Scientific memoirs by medical officers of the Army of India - Part III,
Year: 1887
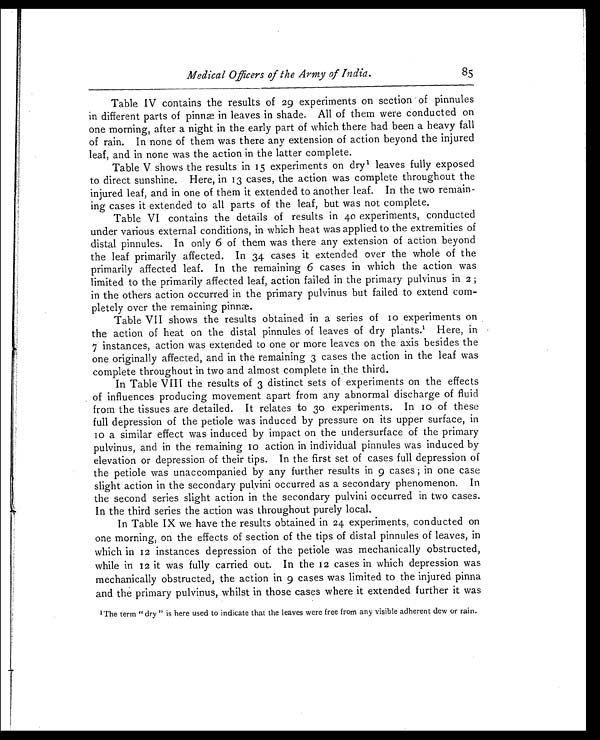
85
Medical Officers of the Army of India.
Table IV contains the results of 29 experiments on section of pinnules
in different parts of pinnæ in leaves in shade. All of them were conducted on
one morning, after a night in the early part of which there had been a heavy fall
of rain. In none of them was there any extension of action beyond the injured
leaf, and in none was the action in the latter complete.
Table V shows the results in 15 experiments on dry 1 leaves fully exposed
to direct sunshine. Here, in 13 cases, the action was complete throughout the
injured leaf, and in one of them it extended to another leaf. In the two remain-
ing cases it extended to all parts of the leaf, but was not complete.
Table VI contains the details of results in 40 experiments, conducted
under various external conditions, in which heat was applied to the extremities of
distal pinnules. In only 6 of them was there any extension of action beyond
the leaf primarily affected. In 34 cases it extended over the whole of the
primarily affected leaf. In the remaining 6 cases in which the action was
limited to the primarily affected leaf, action failed in the primary pulvinus in 2 ;
in the others action occurred in the primary pulvinus but failed to extend com-
pletely over the remaining pinnæ.
Table VII shows the results obtained in a series of 10 experiments on
the action of heat on the distal pinnules of leaves of dry plants.
1
Here, in
7 instances, action was extended to one or more leaves on the axis besides the
one originally affected, and in the remaining 3 cases the action in the leaf was
complete throughout in two and almost complete in the third.
In Table VIII the results of 3 distinct sets of experiments on the effects
of influences producing movement apart from any abnormal discharge of fluid
from the tissues are detailed. It relates to 30 experiments. In 10 of these
full depression of the petiole was induced by pressure on its upper surface, in
10 a similar effect was induced by impact on the undersurface of the primary
pulvinus, and in the remaining 10 action in individual pinnules was induced by
elevation or depression of their tips. In the first set of cases full depression of
the petiole was unaccompanied by any further results in 9 cases ; in one case
slight action in the secondary pulvini occurred as a secondary phenomenon. In
the second series slight action in the secondary pulvini occurred in two cases.
In the third series the action was throughout purely local.
In Table IX we have the results obtained in 24 experiments, conducted on
one morning, on the effects of section of the tips of distal pinnules of leaves, in
which in 12 instances depression of the petiole was mechanically obstructed,
while in 12 it was fully carried out. In the 12 cases in which depression was
mechanically obstructed, the action in 9 cases was limited to the injured pinna
and the primary pulvinus, whilst in those cases where it extended further it was
1
The term " dry " is here used to indicate that the leaves were free from any visible adherent dew or rain.